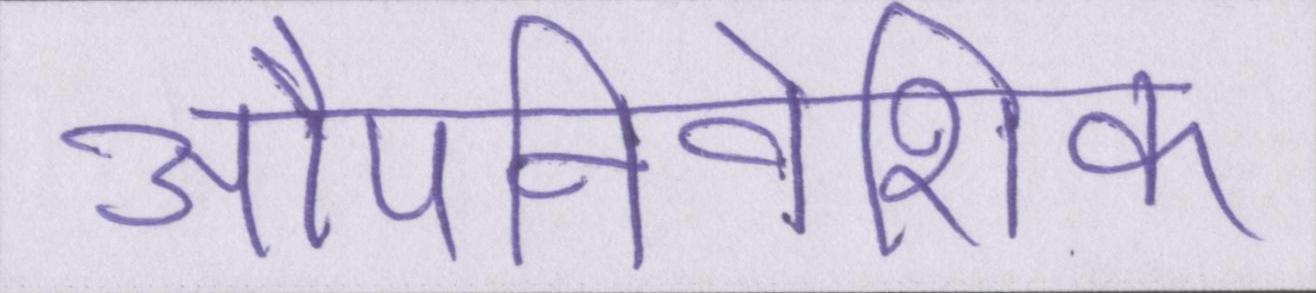
औपनिवेशिक